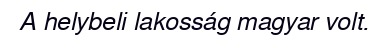
A helybeli lakosság magyar volt.